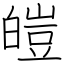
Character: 皚